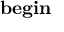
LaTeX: \mathbf { b e g i n }